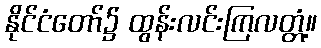
နိုင်ငံတော်၌ ထွန်းလင်းကြလတ္တံ့။